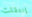
إنتقلت